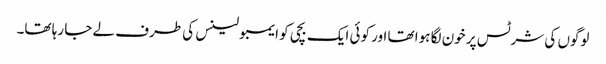
لوگوں کی شرٹس پر خون لگا ہوا تھا اور کوئی ایک بچی کو ایمبولینس کی طرف لے جا رہا تھا۔